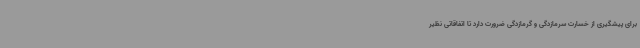
برای پیشگیری از خسارت سرمازدگی و گرمازدگی ضرورت دارد تا اتفاقاتی نظیر